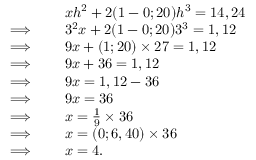
\begin{array} { r l } & { ~ ~ x h ^ { 2 } + 2 ( 1 - 0 ; 2 0 ) h ^ { 3 } = 1 4 , 2 4 } \\ { \Longrightarrow ~ ~ } & { ~ ~ 3 ^ { 2 } x + 2 ( 1 - 0 ; 2 0 ) 3 ^ { 3 } = 1 , 1 2 } \\ { \Longrightarrow ~ ~ } & { ~ ~ 9 x + ( 1 ; 2 0 ) \times 2 7 = 1 , 1 2 } \\ { \Longrightarrow ~ ~ } & { ~ ~ 9 x + 3 6 = 1 , 1 2 } \\ { \Longrightarrow ~ ~ } & { ~ ~ 9 x = 1 , 1 2 - 3 6 } \\ { \Longrightarrow ~ ~ } & { ~ ~ 9 x = 3 6 } \\ { \Longrightarrow ~ ~ } & { ~ ~ x = \frac { 1 } { 9 } \times 3 6 } \\ { \Longrightarrow ~ ~ } & { ~ ~ x = ( 0 ; 6 , 4 0 ) \times 3 6 } \\ { \Longrightarrow ~ ~ } & { ~ ~ x = 4 . } \end{array}